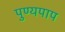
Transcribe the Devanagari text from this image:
पुण्यपाप